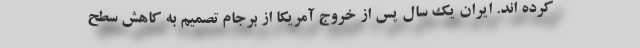
کرده اند. ایران یک سال پس از خروج آمریکا از برجام تصمیم به کاهش سطح